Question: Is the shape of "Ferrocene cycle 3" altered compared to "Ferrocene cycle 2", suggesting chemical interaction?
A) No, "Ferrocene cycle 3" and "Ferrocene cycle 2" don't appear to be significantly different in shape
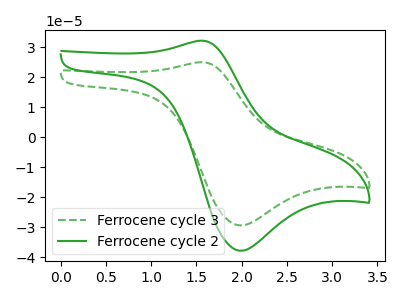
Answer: <think>The green dashed curve "Ferrocene cycle 3" has an anodic peak at (1.55V, 24.95uA) and a cathodic peak at (2.00V, -29.40uA). The green curve "Ferrocene cycle 2" has an anodic peak at (1.55V, 32.15uA) and a cathodic peak at (2.00V, -37.85uA).
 All the peaks in "Ferrocene cycle 3" have a peak in "Ferrocene cycle 2" at the same potential. Every peak in "Ferrocene cycle 3" is lower than every peak in "Ferrocene cycle 2".</think>
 <answer>A) No, "Ferrocene cycle 3" and "Ferrocene cycle 2" don't appear to be significantly different in shape</answer>
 <eval>A</eval>